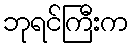
ဘုရင်ကြီးက